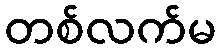
တစ်လက်မ